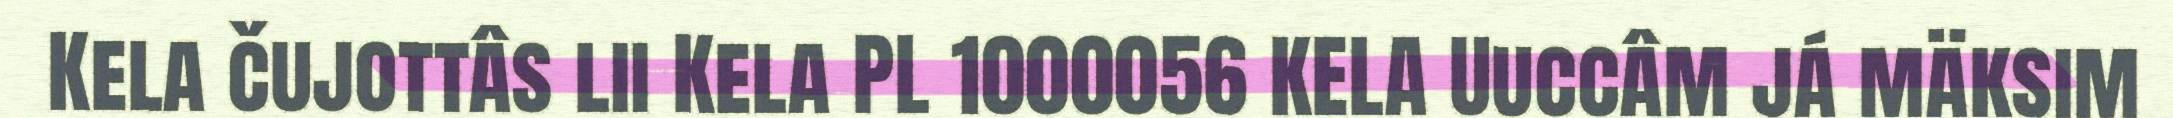
Kela čujottâs lii Kela PL 1000056 KELA Uuccâm já mäksim